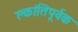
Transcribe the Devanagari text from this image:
क्लांतिपूर्वक